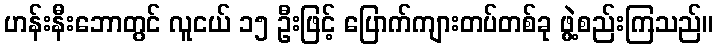
ဟန်းနီးဘောတွင် လူငယ် ၁၅ ဦးဖြင့် ပြောက်ကျားတပ်တစ်ခု ဖွဲ့စည်းကြသည်။